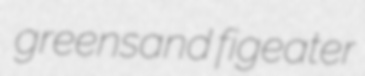
greensand figeater